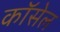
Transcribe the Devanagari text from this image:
कॉसेल